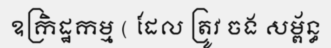
ឧក្រិដ្ឋកម្ម ( ដែល ត្រូវ ចង សម្ព័ន្ធ